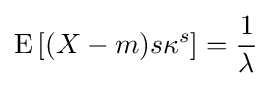
\operatorname {E} \left[(X-m)s\kappa ^{s}\right]={\frac {1}{\lambda }}